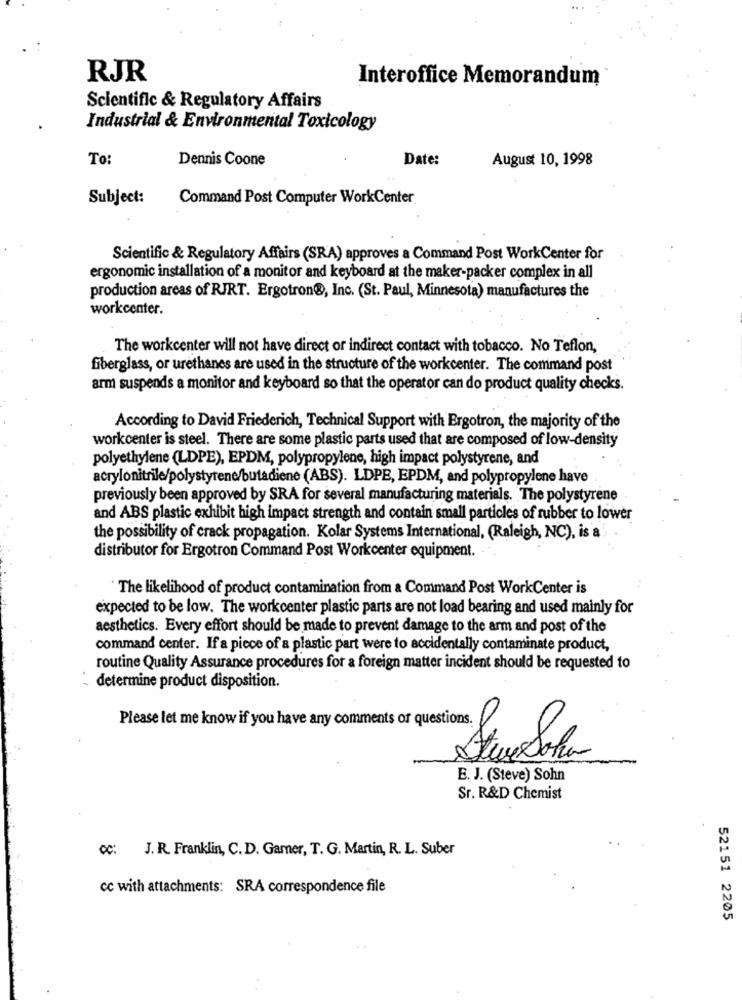
RJR
Interoffice Memorandum
Scientific & Regulatory Affairs
Industrial & Environmental Toxicology
To
Dennis Coone
Date:
August 10, 1998
Subject:
Command Post Computer WorkCenter
Scientific & Regulatory Affairs (SRA) approves a Command Post WorkCenter for
ergonomic installation of a monitor and keyboard at the maker-packer complex in all
production areas of RJRT. Ergotron®, Inc. (St. Paul, Minnesota) manufactures the
workcenter.
The workcenter will not have direct or indirect contact with tobacco. No Teflon,
fiberglass, or urethanes are used in the structure of the workcenter. The command post
arm suspends a monitor and keyboard so that the operator can do product quality checks.
According to David Friederich, Technical Support with Ergotron, the majority of the
workcenter is steel. There are some plastic parts used that are composed of low-density
polyethylene (LDPE), EPDM, polypropylene, high impact polystyrene, and
acrylonitrile/polystyrene/butadiene (ABS). LDPE, EPDM, and polypropylene have
previously been approved by SRA for several manufacturing materials. The polystyrene
and ABS plastic exhibit high impact strength and contain small particles of rubber to lower
the possibility of crack propagation. Kolar Systems International, (Raleigh, NC), is a
distributor for Ergotron Command Post Workcenter equipment.
The likelihood of product contamination from a Command Post WorkCenter is
expected to be low. The workcenter plastic parts are not load bearing and used mainly for
aesthetics. Every effort should be made to prevent damage to the arm and post of the
command center. If a piece of a plastic part were to accidentally contaminate product,
routine Quality Assurance procedures for a foreign matter incident should be requested to
determine product disposition.
Please let me know if you have any comments or questions.
E. J. (Steve) Sohn
Sr. R&D Chemist
CC: J. R. Franklin, C. D. Gamer, T. G. Martin, R. L. Suber
cc with attachments: SRA correspondence file
52151 2205